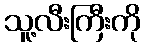
သူ့လီးကြီးကို